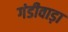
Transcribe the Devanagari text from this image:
गंडीवाड़ा